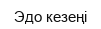
Эдо кезеңі